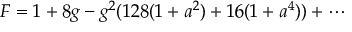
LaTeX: F = 1 + 8 g - g ^ { 2 } ( 1 2 8 ( 1 + a ^ { 2 } ) + 1 6 ( 1 + a ^ { 4 } ) ) + \cdots